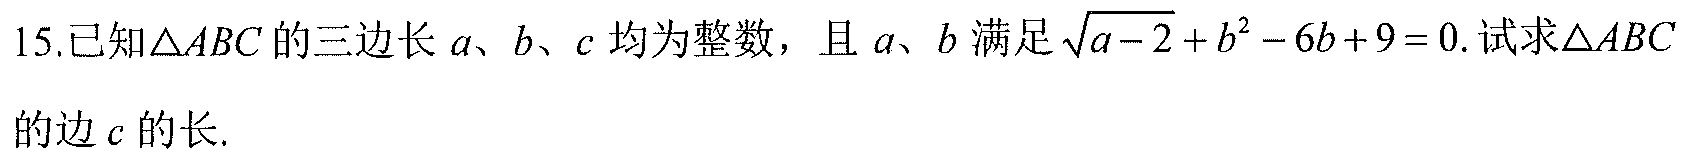
15.已知$\triangle ABC$的三边长$a、b、c$均为整数，且$a、b$满足$\sqrt{a - 2}+b^{2}-6b + 9 = 0$.试求$\triangle ABC$的边$c$的长.